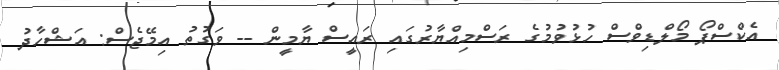
އެކްސްޕޯ މޯލްޑިވްސް ހުޅުވުމުގެ ރަސްމިއްޔާރުގައި ރައީސް ޔާމީން -- ވަގުތު އިމޭޖެސް: އަޝްހާދު